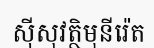
ស៊ីសុវត្ថិមុនីរ៉េត